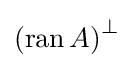
\left(\operatorname {ran} A\right)^{\perp }